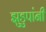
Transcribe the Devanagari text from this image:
झुडुपांनी